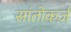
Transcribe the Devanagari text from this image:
सांतोकर्ज़